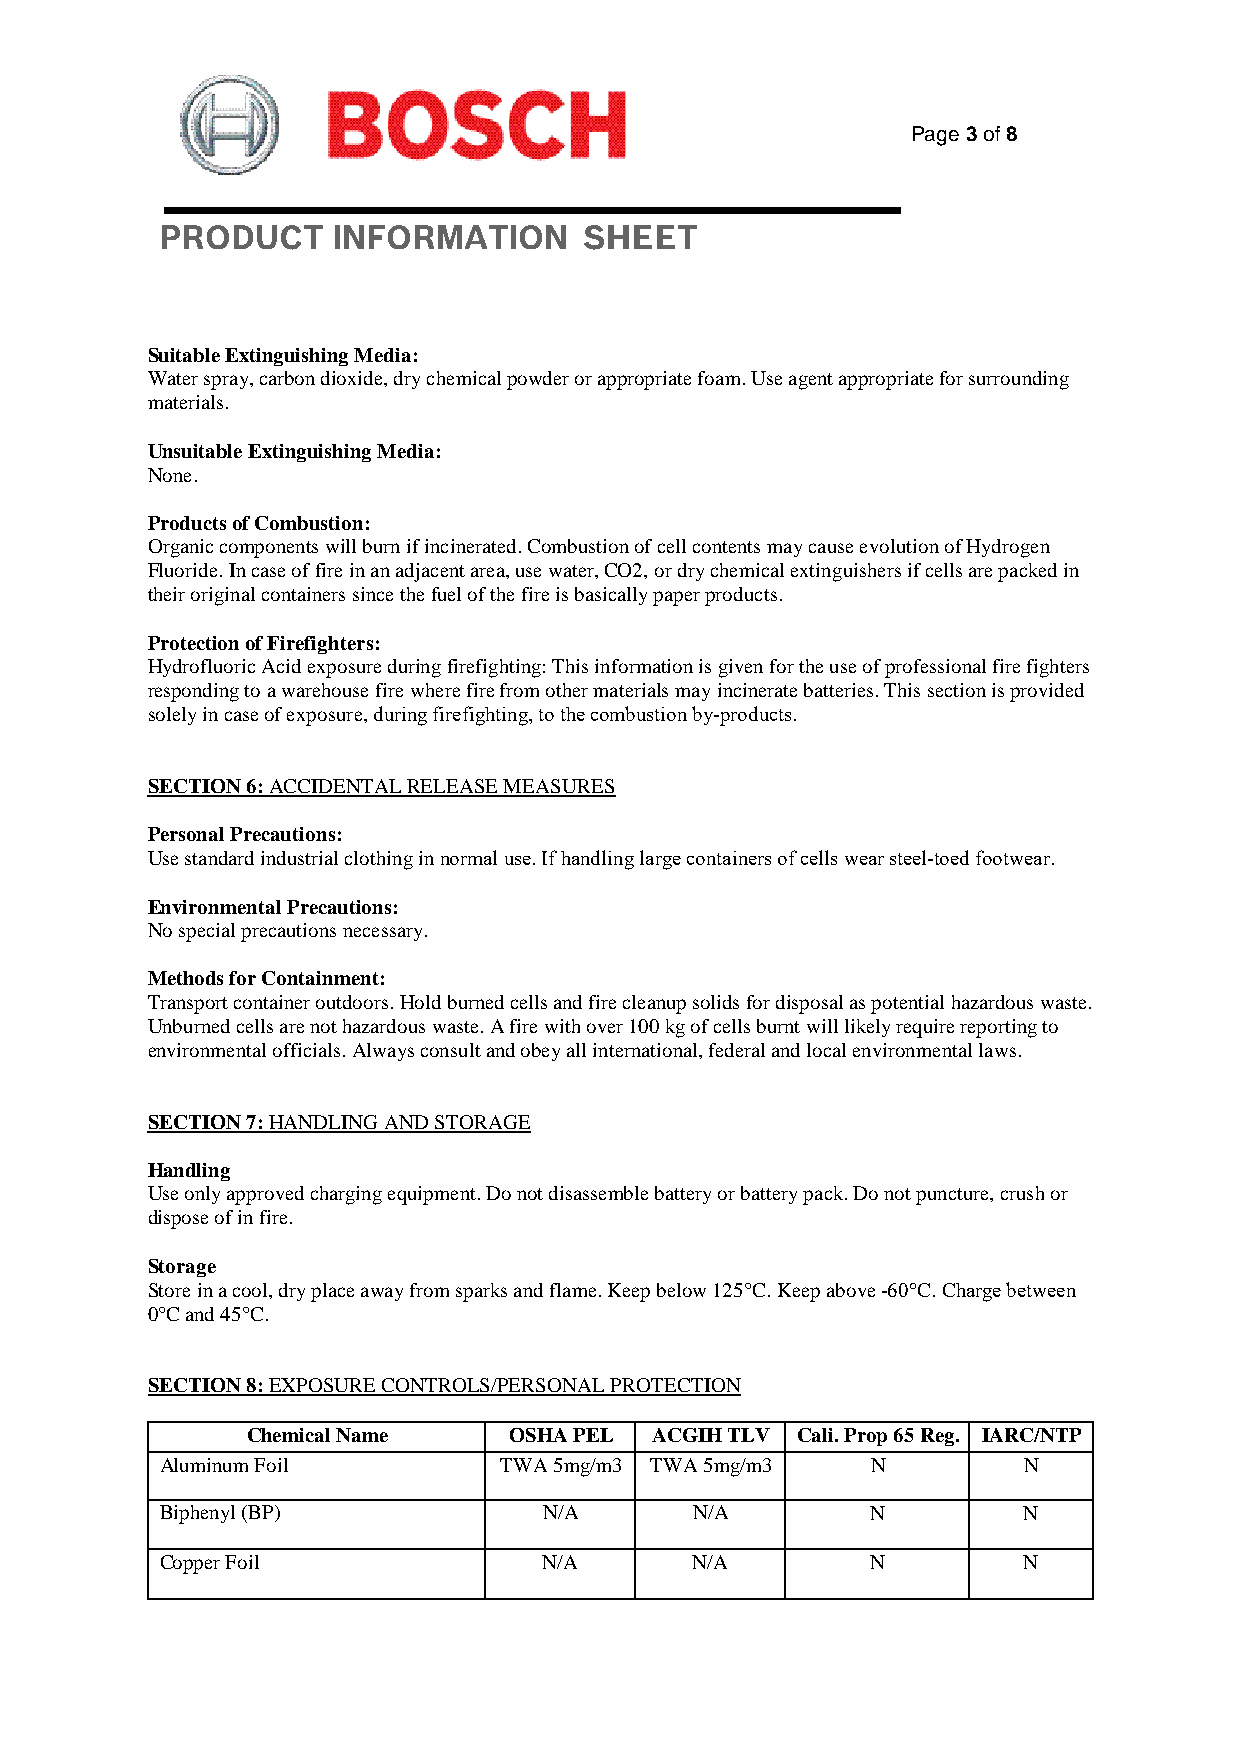
Page 3 of 8
 PRODUCT    INFORMATION      SHEET
 Suitable Extinguishing Media:
 Water spray, carbon dioxide, dry chemical powder or appropriate foam. Use agent appropriate for surrounding
 materials.
 Unsuitable Extinguishing Media:
 None.
 Products of Combustion:
 Organic components will burn if incinerated. Combustion of cell contents may cause evolution of Hydrogen
 Fluoride. In case of fire in an adjacent area, use water, CO2, or dry chemical extinguishers if cells are packed in
 their original containers since the fuel of the fire is basically paper products.
 Protection of Firefighters:
 Hydrofluoric Acid exposure during firefighting: This information is given for the use of professional fire fighters
 responding to a warehouse fire where fire from other materials may incinerate batteries. This section is provided
 solely in case of exposure, during firefighting, to the combustion by‐products.
 SECTION 6: ACCIDENTAL RELEASE MEASURES
 Personal Precautions:
 Use standard industrial clothing in normal use. If handling large containers of cells wear steel‐toed footwear.
 Environmental Precautions:
 No special precautions necessary.
 Methods for Containment:
 Transport container outdoors. Hold burned cells and fire cleanup solids for disposal as potential hazardous waste.
 Unburned cells are not hazardous waste. A fire with over 100 kg of cells burnt will likely require reporting to
 environmental officials. Always consult and obey all international, federal and local environmental laws.
 SECTION 7: HANDLING AND STORAGE
 Handling
 Use only approved charging equipment. Do not disassemble battery or battery pack. Do not puncture, crush or
 dispose of in fire.
 Storage
 Store in a cool, dry place away from sparks and flame. Keep below 125°C. Keep above ‐60°C. Charge between
 0°C and 45°C.
 SECTION 8: EXPOSURE CONTROLS/PERSONAL PROTECTION
 Chemical Name     OSHA PEL ACGIH TLV Cali. Prop 65 Reg. IARC/NTP
 Aluminum Foil         TWA 5mg/m3 TWA 5mg/m3    N         N
 Biphenyl (BP)            N/A       N/A         N         N
 Copper Foil              N/A       N/A         N         N